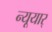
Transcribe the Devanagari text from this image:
न्यूयार्